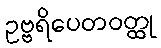
ဥဗ္ဗရိပေတဝတ္ထု